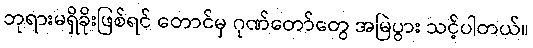
ဘုရားမရှိခိုးဖြစ်ရင် တောင်မှ ဂုဏ်တော်တွေ အမြဲပွား သင့်ပါတယ်။